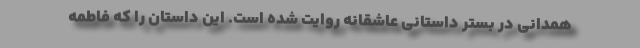
همدانی در بستر داستانی عاشقانه روایت شده است. این داستان را که فاطمه